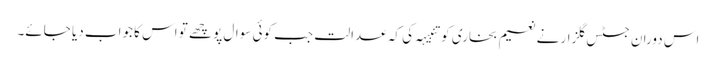
اس دوران جسٹس گلزار نے نعیم بخاری کو تنبیہہ کی کہ عدالت جب کوئی سوال پوچھے تو اس کا جواب دیا جائے۔